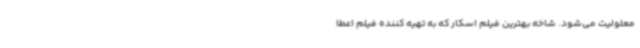
معلولیت می‌شود. شاخه بهترین فیلم اسکار که به تهیه کننده فیلم اعطا